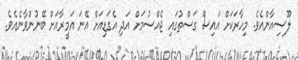
ލޫސިއާންއެވެ. މިހާރަކަށް އައިސް ގަސްތުގައި ޖެއްސުމަށް އަދި އެގަޑިއަށް އޭނަ އަމީރާއަށް ބޭނުންވާނެއެވެ.